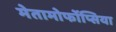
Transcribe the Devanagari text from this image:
मेतामोर्फोप्सिया